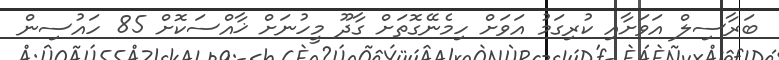
ބަރާސިލް އަވަށާއި ކުރިގަމު އަވަށް ހިމެނޭގޮތަށް ގާދޫ މީހުނަށް ޚާއްސަކޮށް 85 ހައުސިން